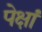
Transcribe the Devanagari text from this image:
पेक्षां